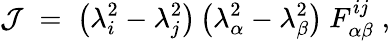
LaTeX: {\cal J}\; =\; \left(\lambda_{i}^{2}-\lambda_{j}^{2}\right)\left(\lambda_{\alpha}^{2}-\lambda_{\beta}^{2}\right)~F_{\alpha\beta}^{ij}\; ,